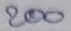
200